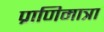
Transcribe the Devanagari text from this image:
प्राणिमात्रा